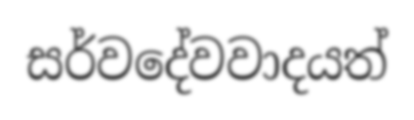
සර්වදේවවාදයත්